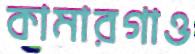
কামারগাও